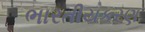
ભારતીયકરણ